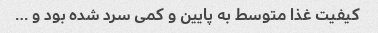
کیفیت غذا متوسط به پایین و کمی سرد شده بود و …